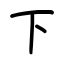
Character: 下